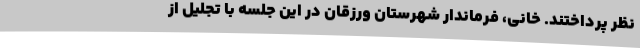
نظر پرداختند. خانی، فرماندار شهرستان ورزقان در این جلسه با تجلیل از